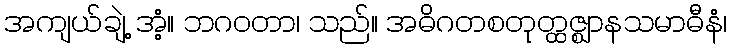
အကျယ်ချဲ့ အံ့။ ဘဂဝတာ၊ သည်။ အဓိဂတစတုတ္ထဇ္ဈာနသမာဓီနံ၊